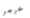
خرجوا